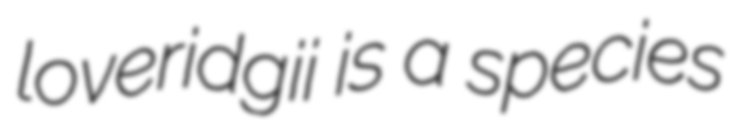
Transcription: loveridgii is a species